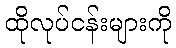
ထိုလုပ်ငန်းများကို